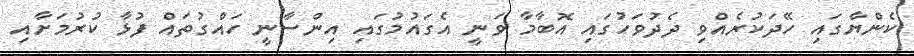
ކެންޔާގައި ހޭދަކުރެއްވި ދެދުވަހުގައި އޮބާމާ ވަނީ އެގައުމުގައި އިންސާނީ ހައްގުތައް ފުޅާ ކުރުމަށާއި